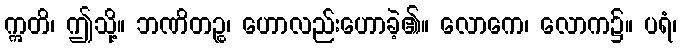
ဣတိ၊ ဤသို့။ ဘဏိတဉ္စ၊ ဟောလည်းဟောခဲ့၏။ လောကေ၊ လောက၌။ ပရံ၊